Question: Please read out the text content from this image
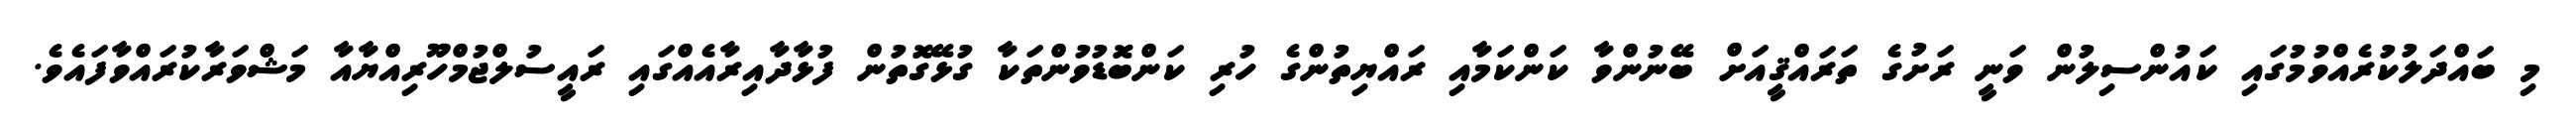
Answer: މި ބައްދަލުކުރެއްވުމުގައި ކައުންސިލުން ވަނީ ރަށުގެ ތަރައްޤީއަށް ބޭނުންވާ ކަންކަމާއި ރައްޔިތުންގެ ހުރި ކަންބޮޑުވުންތަކާ ގުޅޭގޮތުން ފުޅާދާއިރާއެއްގައި ރައީސުލްޖުމްހޫރިއްޔާއާ މަޝްވަރާކުރައްވާފައެވެ.